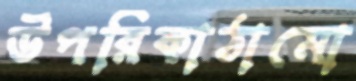
উপরিকাঠামো